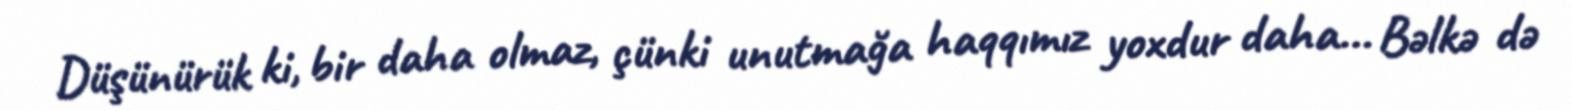
Düşünürük ki, bir daha olmaz, çünki unutmağa haqqımız yoxdur daha... Bəlkə də